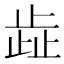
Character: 歮